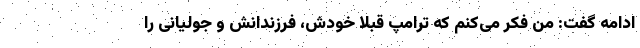
ادامه گفت: من فکر می‌کنم که ترامپ قبلا خودش، فرزندانش و جولیانی را